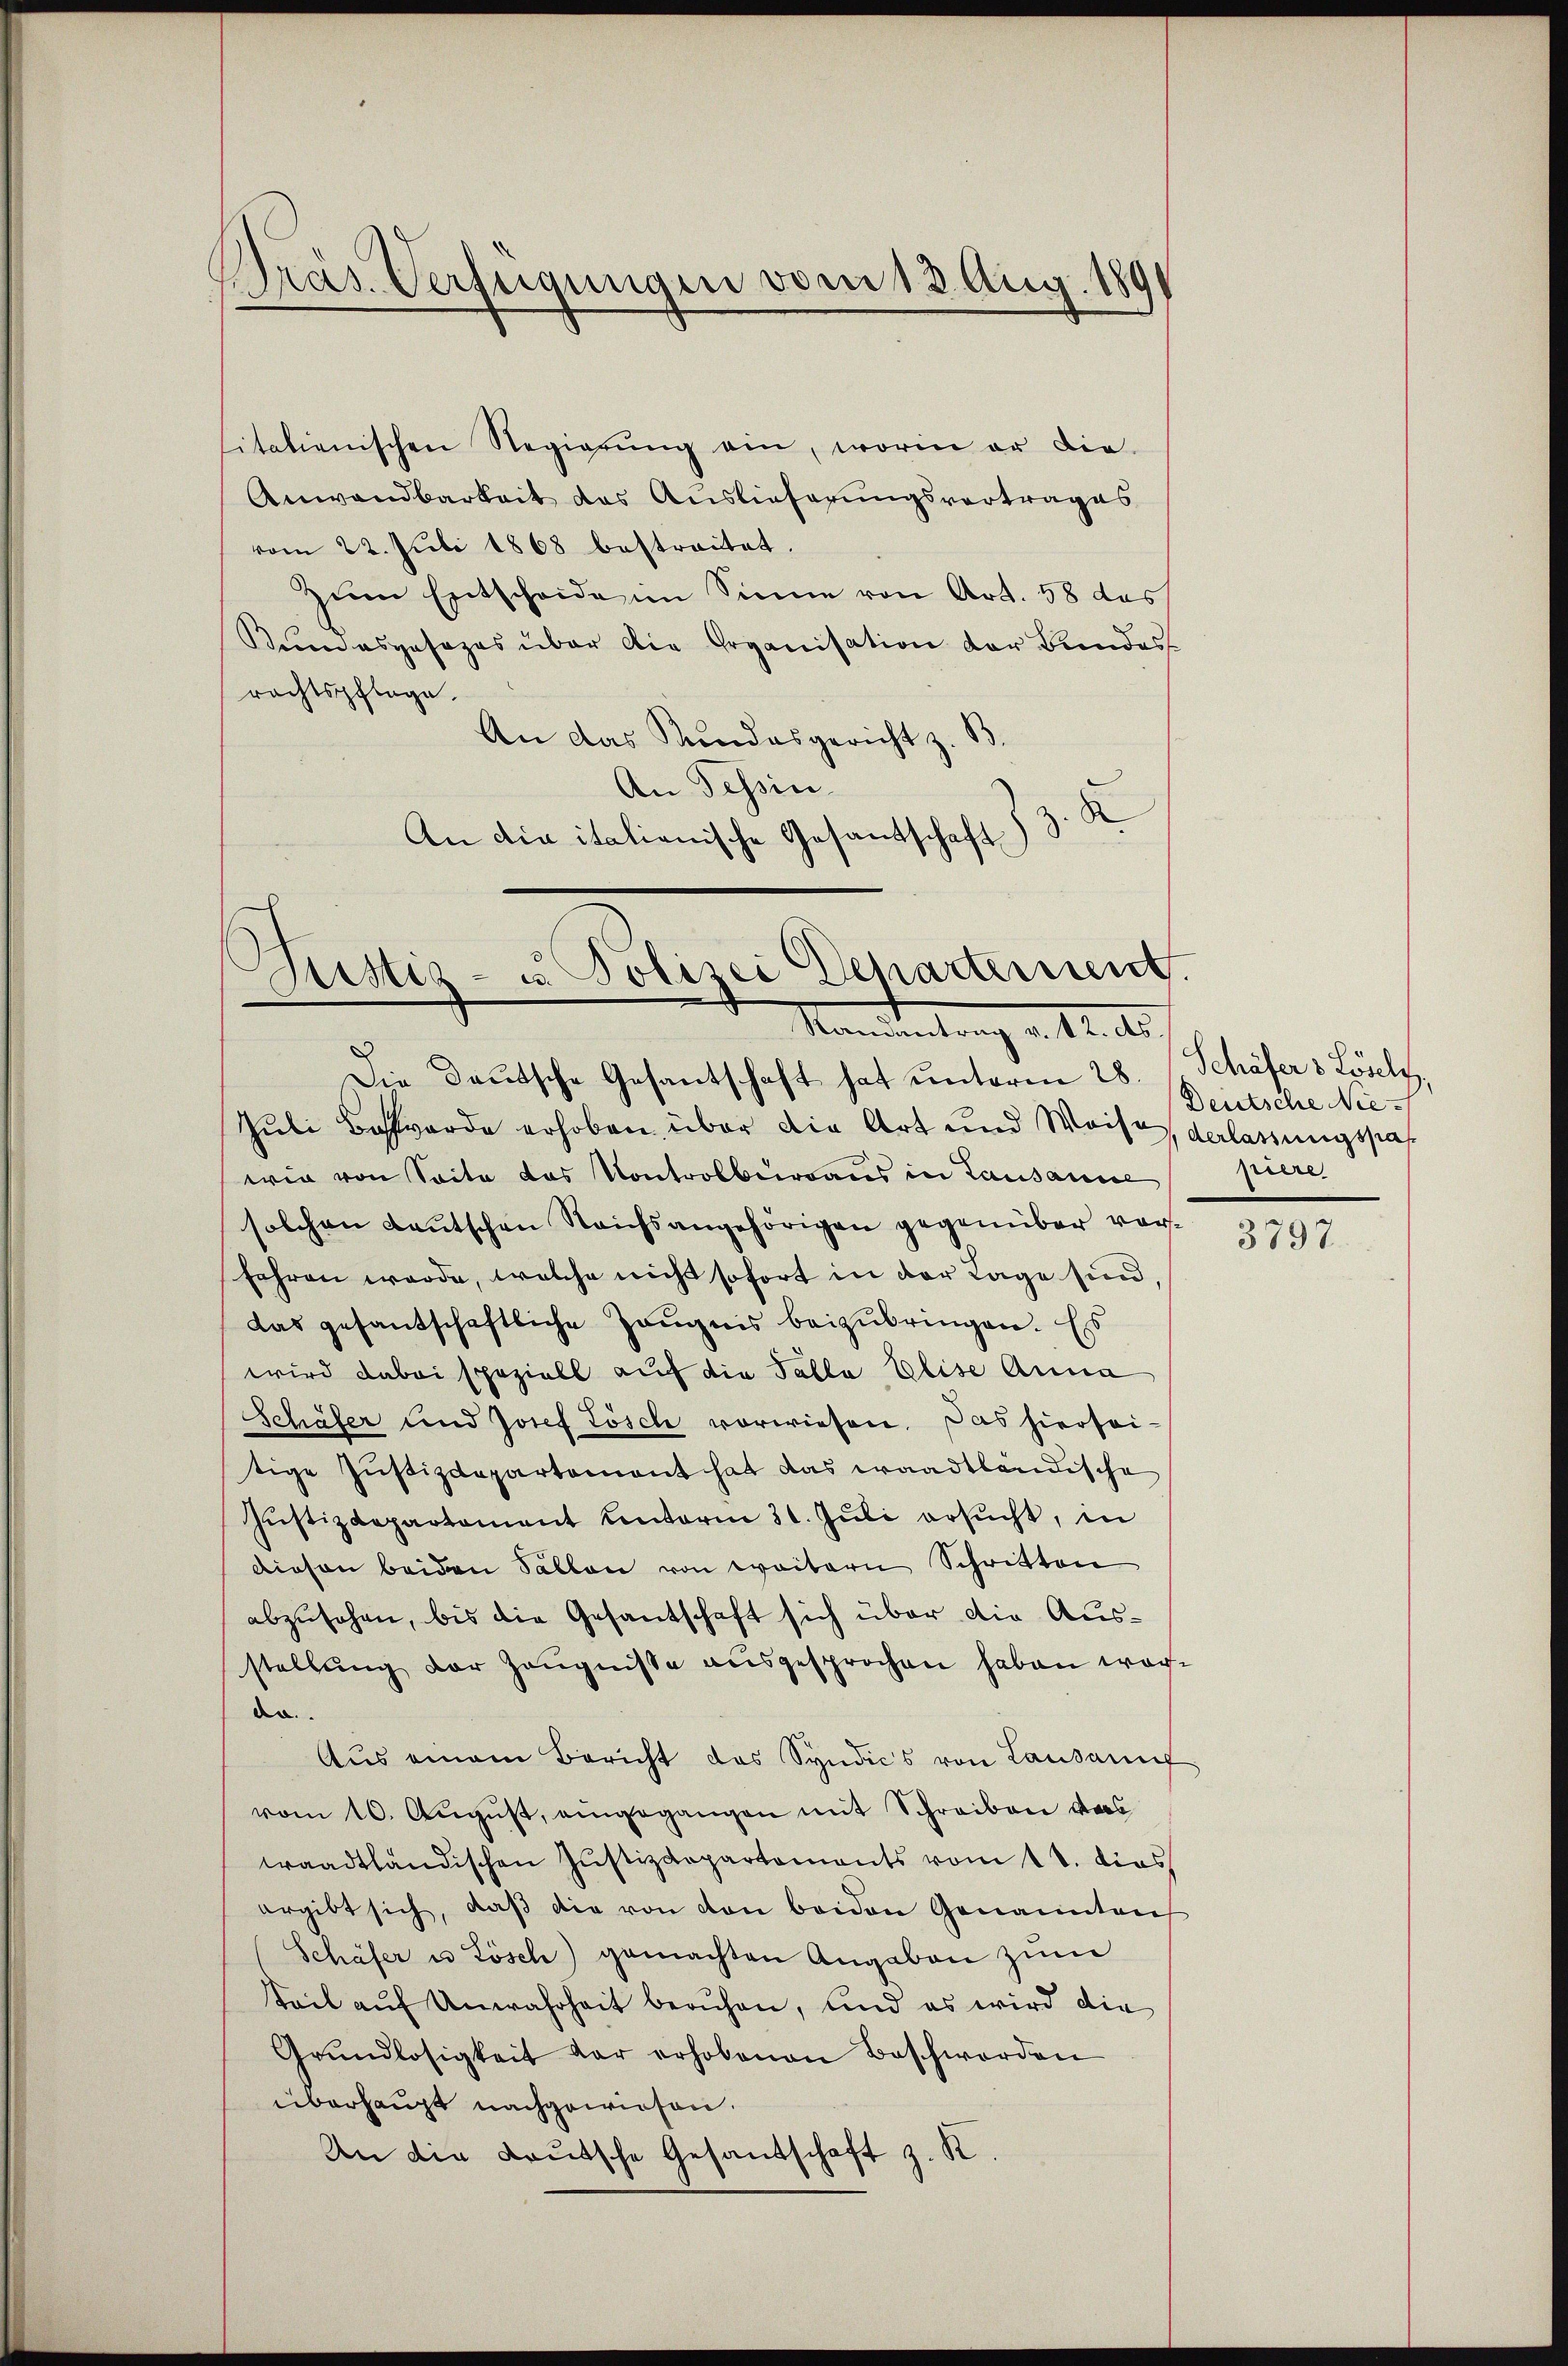
Präs. Verfügungen vom 13. Aug. 189

italienischen Regierŭng ein, worin er die
Anwandbarkeit des Auslieferungsvertrages
vom 22. Juli 1868 bestreitet.
Zum Entscheide im Sinne von Art. 58 das
Kumaspesezes über die Organisation der Bundes
rechtspflege.
An das Kundesgericht z. B.
An Tessin
x
An die italienische Gesandschaft)

Justiz- u Polizei Departement.
Randantrag v. 12. ds.

Die Deutsche Gesantschaft hat unterm 28. J. Schöfer 3 Lösely,
Juli Bossarde erhoben, über die Art und Weise verlassungspas
wie von Seite das Kontrolbureaus in Lausanne
solchen Lautschen Reichsangehörigen gegenüber vor¬
Jahren werde, welche nicht sofort in der Lage sind,
das gesantschaftliche Zeŭgnis beizubringen. Es
wird dabei speziell auf die Talla Elise Anna
Schäfer und Josef Lösch vorwiesen. Das hierseitige Justizdepartement hat das waadtländische
Justizdepartement unterm 31. Juli ersucht, in
diesen beiden Sallen von weitern Schritten
abzusehen, bis die Gesantschaft sich über die Ausstellŭng der Zeŭgnisse ausgesprochen haben wachde
Aus einem Bericht das Syndics von Lausannf
vom 10. Aŭgŭst, eingegangen mit Schreiben ders
traadtländischen Justizdepartements vom 18. dies
ergibt sich, daβ die von den beiden Genannten
Schäfer u Lösch) gemachten Angaben zum
teil auf Unwahrheit beruhen, und es wird die
Grŭndlosigkeit der erhobenen Beschwerden
überhaupt nachgewiesen.
An die deutsche Gesandschaft z. R.

Deutsche Niepirire

3797.